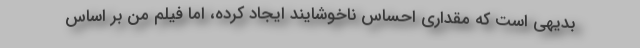
بدیهی است که مقداری احساس ناخوشایند ایجاد کرده، اما فیلم من بر اساس